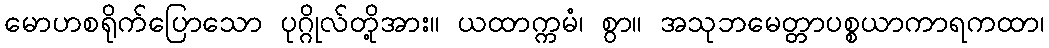
မောဟစရိုက်ပြောသော ပုဂ္ဂိုလ်တို့အား။ ယထာက္ကမံ၊ စွာ။ အသုဘမေတ္တာပစ္စယာကာရကထာ၊